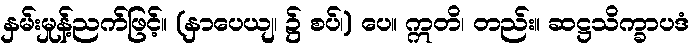
နှမ်းမှုန့်ညက်ဖြင့်။ (နှာပေယျ၊ ၌ စပ်၊) ပေ။ ဣတိ၊ တည်း။ ဆဋ္ဌသိက္ခာပဒံ